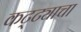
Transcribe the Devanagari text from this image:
कट्ट्याचा